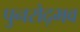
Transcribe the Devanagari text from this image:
पुनरोद्भव